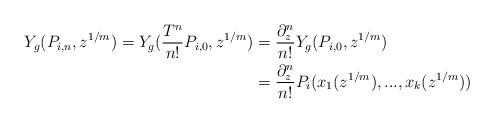
LaTeX: \begin{align*}Y_g(P_{i,n}, z^{1/m})= Y_g(\frac{T^{n}}{n!} P_{i,0}, z^{1/m}) & = \frac{\partial^{n}_z}{n!} Y_g(P_{i,0},z^{1/m}) \\ &= \frac{\partial^{n}_z}{n!} P_i(x_1 (z^{1/m}), ... , x_k (z^{1/m}))\end{align*}